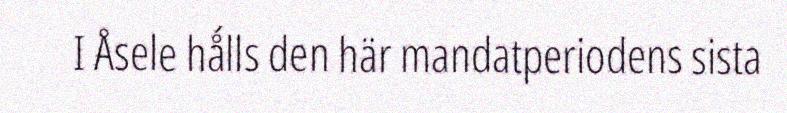
I Åsele hǻlls den här mandatperiodens sista